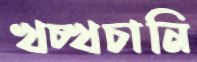
খচ্‌খচানি